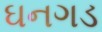
ઘનગડ